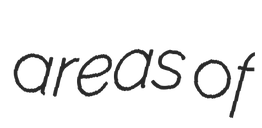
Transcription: areas of